Vaccination in the Punjab 1897-1904 - 1897-1904
Year: 1897
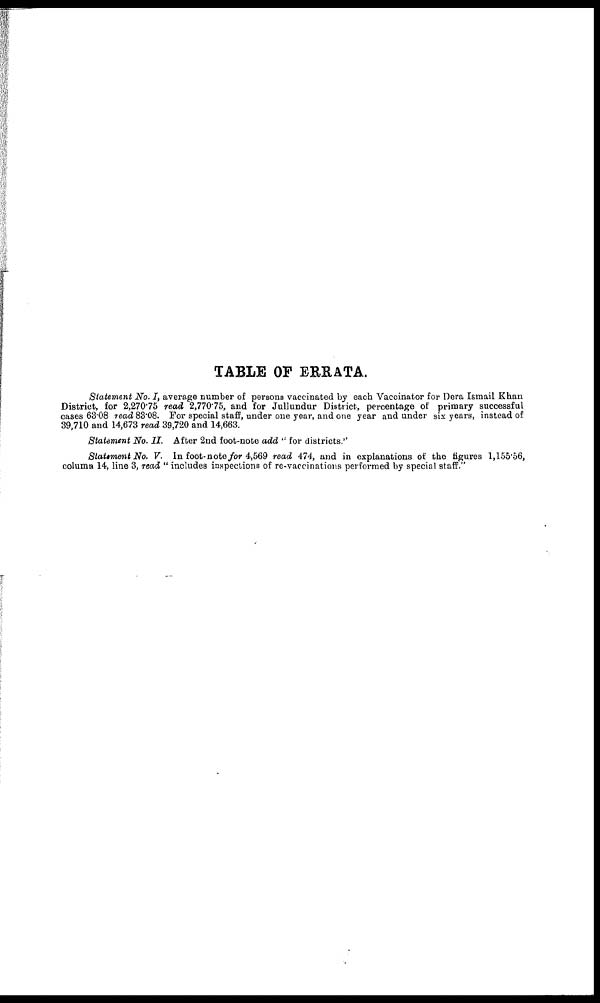
TABLE OF ERRATA.
Statement No. I, average number of persons vaccinated by each Vaccinator for Dera Ismail Khan
District, for 2,270.75 read 2,770.75, and for Jullundur District, percentage of primary successful
cases 63.08 read 83.08. For special staff, under one year, and one year and under six years, instead of
39,710 and 14,673 read 39,720 and 14,663.
Statement No. II. After 2nd foot-note add " for districts."
Statement No. V. In foot-note for 4,569 read 474, and in explanations of the figures 1,155.56,
column 14, line 3, read " includes inspections of re-vaccinations performed by special staff."